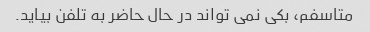
متاسفم، بکی نمی تواند در حال حاضر به تلفن بیاید.